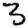
Digit: 3